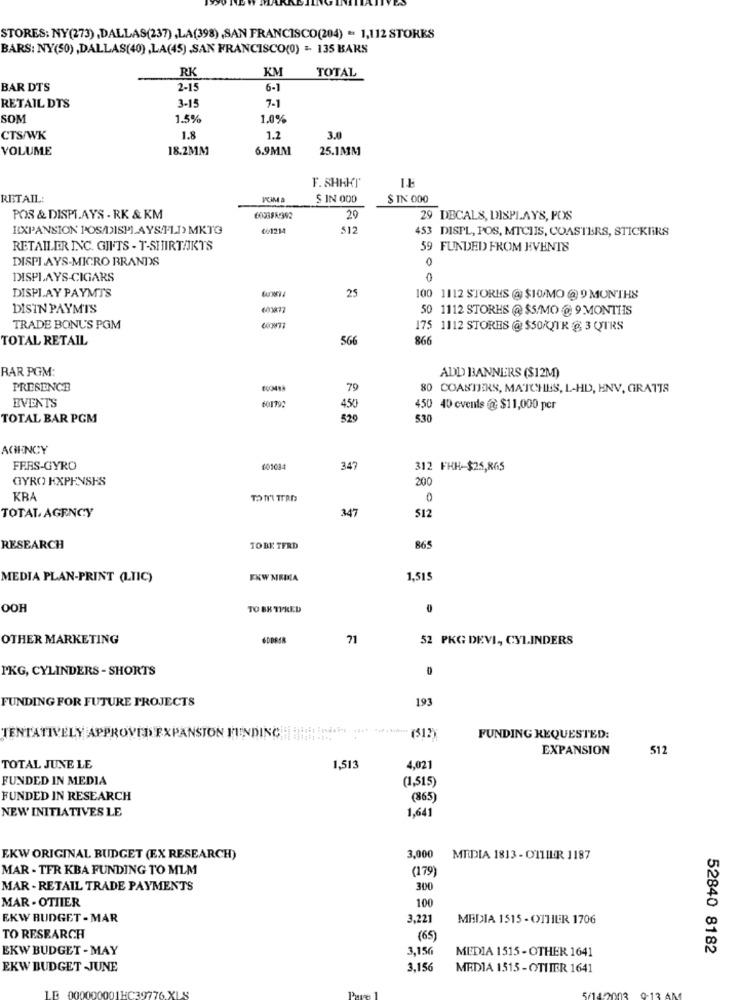
STORES: NY(273),DALLAS(237),LA(398),SAN FRANCISCO(204) = 1,112 STORES
BARS: NY(50) ,DALLAS(40) ,LA(45) ,SAN FRANCISCO(0) =- 135 BARS
RK
KM
TOTAL
BAR DTS
2-15
6-1
3-15
7-1
RETAIL DTS
SOM
1.5%
1.0%
CTS/WK
1.8
1.2
3.0
VOLUME
18.2MM
6.9MM
25.1MM
F. SHAKT
RETAIL:
$ IN 000
$ IN 000
POS & DISPLAYS - RK & KM
29
29 DECALS, DISPLAYS, POS
EXPANSION POS/DISPLAYS FLI> MKTG
@01214
$12
453 DISPL, POS, MTCIIS, COASTERS, STICKERS
RETAILER INC. GIFTS - T-SHIRTAKTS
59 FUNDED FROM EVENTS
DISPLAYS-MICRO BRANDS
0
DISPLAYS-CIGARS
0
DISPLAY PAYMTS
25
100 1112 STORES @ $10/MO @ 9 MONTHS
DISIN PAYM'TS
50 1112 STORES @ $5/MO @ 9 MONTHS
TRADE BONUS PGM
175 1112 STORES @ $50/QTR g 3 QTRS
TOTAL RETAIL
566
866
RAR PGM:
ADD BANNERS ($12M)
PRESENCE
79
COASTERS, MATCHES, L-HD, HNV, GRATIS
EVENTS
450
450 40 cvents @ $11,000 pcr
TOTAL BAR PGM
520
530
AGENCY
FERS-GYRO
601034
347
312 FHH-$25,865
GYRO KXPENSHS
200
KRA
TONY'I TTRI
0
347
512
TOTAL, AGENCY
RESEARCH
TOBE TFRD
865
MEDIA PLAN-PRINT (LIIC)
EXW MRDEA
1,515
OOH
TO BK TIRED
0
OTHER MARKETING
71
52 PKG DEVI, CYLINDERS
PKG, CYLINDERS - SHORTS
0
FUNDING FOR FUTURE PROJECTS
193
TENTATIVELY APPROVED EXPANSION FUNDING (51)
FUNDING REQUESTED:
EXPANSION
512
TOTAL JUNE LE
1,513
4,021
FUNDED IN MEDIA
(1,515)
FUNDED IN RESEARCH
(865)
NEW INITIATIVES LE
1,641
EKW ORIGINAL BUDGET (EX RESEARCH)
3,000
MEDIA 1813 - OILIER 1187
MAR - TFR KBA FUNDING TO MLM
(179)
MAR - RETAIL TRADE PAYMENTS
300
MAR . OTHIER
100
EKW BUDGET - MAR
3,221
MEDIA 1515 - OTHIER 1706
TO RESEARCH
(65
EKW BUDGET - MAY
3,156
MEDIA 1515 - OTHER 1641
52840 8182
EKW BUDGET JUNE
3.156
MEDIA 1515 - OTHIER 1641